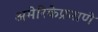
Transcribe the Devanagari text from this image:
अमेरिकेप्रमाणे